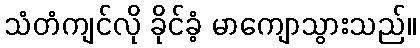
သံတံကျင်လို ခိုင်ခံ့ မာကျောသွားသည်။